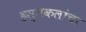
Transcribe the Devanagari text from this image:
हस्तकलांचा